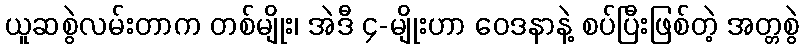
ယူဆစွဲလမ်းတာက တစ်မျိုး၊ အဲဒီ ၄-မျိုးဟာ ဝေဒနာနဲ့ စပ်ပြီးဖြစ်တဲ့ အတ္တစွဲ